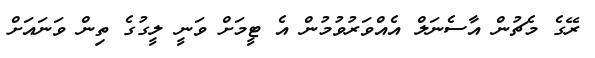
ރޭގެ މެޗުން އާސެނަލް އެއްވަރުވުމުން އެ ޓީމަށް ވަނީ ލީގުގެ ތިން ވަނައަށް